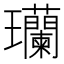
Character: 𬎟